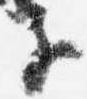
子